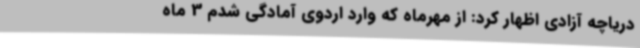
دریاچه آزادی اظهار کرد: از مهرماه که وارد اردوی آمادگی شدم 3 ماه